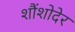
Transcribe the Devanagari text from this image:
शौंशोदेर